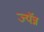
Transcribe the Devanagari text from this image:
ज्यॅन्न